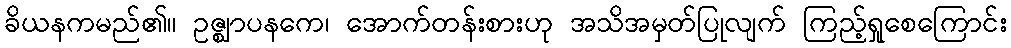
ခိယနကမည်၏။ ဥဇ္ဈာပနကေ၊ အောက်တန်းစားဟု အသိအမှတ်ပြုလျက် ကြည့်ရှုစေကြောင်း